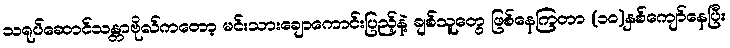
သရုပ်ဆောင်သန္တာဗိုလ်ကတော့ မင်းသားချောကောင်းပြည့်နဲ့ ချစ်သူတွေ ဖြစ်နေကြတာ (၁၀)နှစ်ကျော်နေပြီး